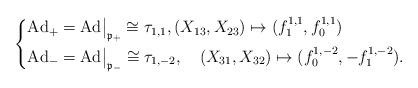
LaTeX: \begin{align*}\left\{\begin{aligned}&\textrm{Ad}_+=\textrm{Ad}\big|_{\frak{p_+}}\cong \tau_{1,1},(X_{13}, X_{23})\mapsto (f^{1,1}_1, f^{1,1}_0)\\&\textrm{Ad}_-=\textrm{Ad}\big|_{\frak{p_-}}\cong \tau_{1,-2},\quad(X_{31}, X_{32})\mapsto (f^{1,-2}_0, - f^{1,-2}_1).\end{aligned}\right.\end{align*}